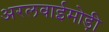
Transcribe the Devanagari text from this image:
अरलवाईमोड़ी